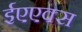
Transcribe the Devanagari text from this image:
ईएएक्स